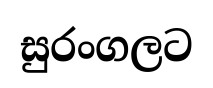
සුරංගලට